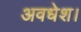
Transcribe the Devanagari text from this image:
अवधेश।